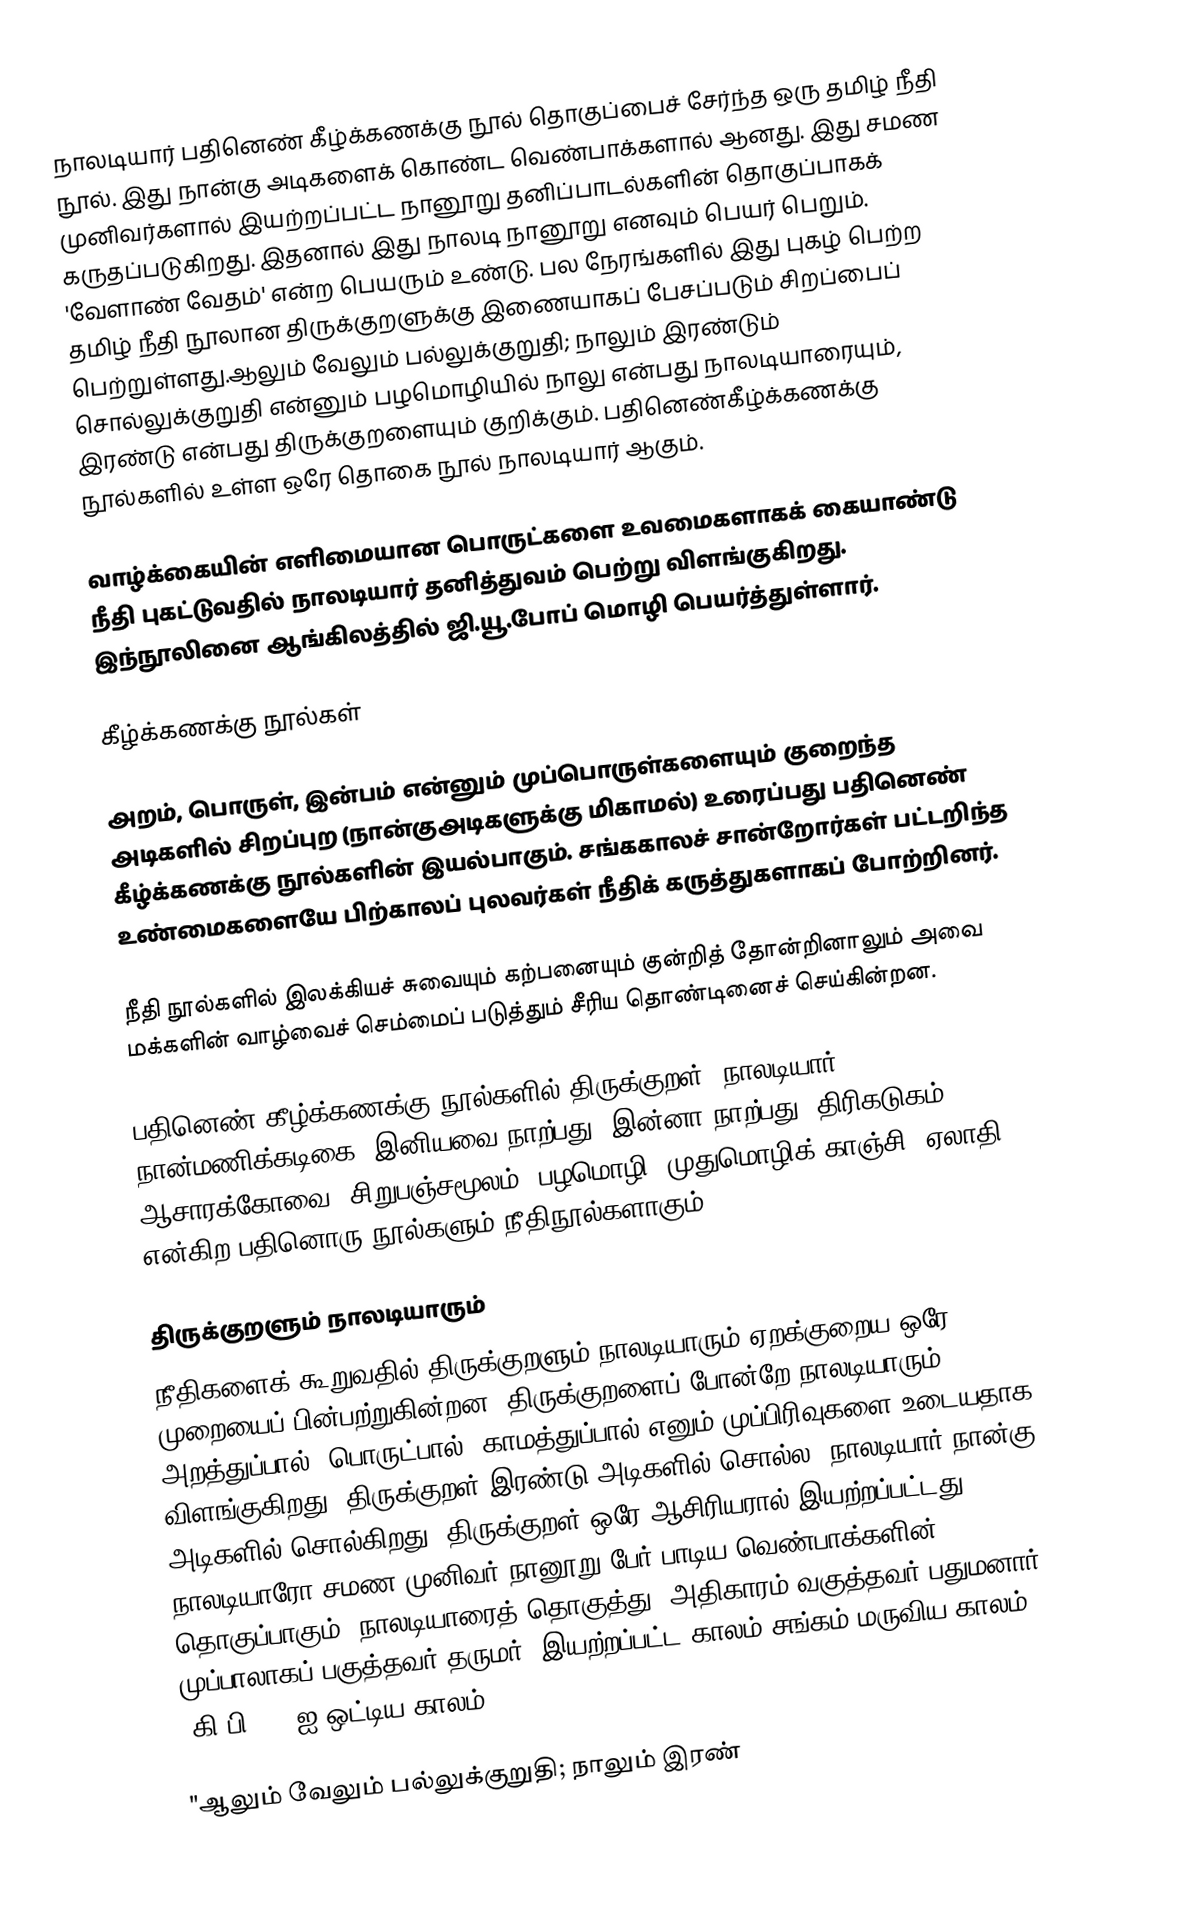
நாலடியார் பதினெண் கீழ்க்கணக்கு நூல் தொகுப்பைச் சேர்ந்த ஒரு தமிழ் நீதி நூல். இது நான்கு அடிகளைக் கொண்ட வெண்பாக்களால் ஆனது. இது சமண முனிவர்களால் இயற்றப்பட்ட நானூறு தனிப்பாடல்களின் தொகுப்பாகக் கருதப்படுகிறது. இதனால் இது நாலடி நானூறு எனவும் பெயர் பெறும். 'வேளாண் வேதம்' என்ற பெயரும் உண்டு. பல நேரங்களில் இது புகழ் பெற்ற தமிழ் நீதி நூலான திருக்குறளுக்கு இணையாகப் பேசப்படும் சிறப்பைப் பெற்றுள்ளது.ஆலும் வேலும் பல்லுக்குறுதி; நாலும் இரண்டும் சொல்லுக்குறுதி என்னும் பழமொழியில் நாலு என்பது நாலடியாரையும், இரண்டு என்பது திருக்குறளையும் குறிக்கும். பதினெண்கீழ்க்கணக்கு நூல்களில் உள்ள ஒரே தொகை நூல் நாலடியார் ஆகும்.

வாழ்க்கையின் எளிமையான பொருட்களை உவமைகளாகக் கையாண்டு நீதி புகட்டுவதில் நாலடியார் தனித்துவம் பெற்று விளங்குகிறது. இந்நூலினை ஆங்கிலத்தில் ஜி.யூ.போப் மொழி பெயர்த்துள்ளார்.

கீழ்க்கணக்கு நூல்கள்

அறம், பொருள், இன்பம் என்னும் முப்பொருள்களையும் குறைந்த அடிகளில் சிறப்புற (நான்குஅடிகளுக்கு மிகாமல்) உரைப்பது பதினெண் கீழ்க்கணக்கு நூல்களின் இயல்பாகும். சங்ககாலச் சான்றோர்கள் பட்டறிந்த உண்மைகளையே பிற்காலப் புலவர்கள் நீதிக் கருத்துகளாகப் போற்றினர்.

நீதி நூல்களில் இலக்கியச் சுவையும் கற்பனையும் குன்றித் தோன்றினாலும் அவை மக்களின் வாழ்வைச் செம்மைப் படுத்தும் சீரிய தொண்டினைச் செய்கின்றன.

பதினெண் கீழ்க்கணக்கு நூல்களில் திருக்குறள், நாலடியார், நான்மணிக்கடிகை, இனியவை நாற்பது, இன்னா நாற்பது, திரிகடுகம், ஆசாரக்கோவை, சிறுபஞ்சமூலம், பழமொழி, முதுமொழிக் காஞ்சி, ஏலாதி என்கிற பதினொரு நூல்களும் நீதிநூல்களாகும்.

திருக்குறளும் நாலடியாரும்
நீதிகளைக் கூறுவதில் திருக்குறளும் நாலடியாரும் ஏறக்குறைய ஒரே முறையைப் பின்பற்றுகின்றன. திருக்குறளைப் போன்றே நாலடியாரும், அறத்துப்பால், பொருட்பால், காமத்துப்பால் எனும் முப்பிரிவுகளை உடையதாக விளங்குகிறது. திருக்குறள் இரண்டு அடிகளில் சொல்ல, நாலடியார் நான்கு அடிகளில் சொல்கிறது. திருக்குறள் ஒரே ஆசிரியரால் இயற்றப்பட்டது. நாலடியாரோ சமண முனிவர் நானூறு பேர் பாடிய வெண்பாக்களின் தொகுப்பாகும். நாலடியாரைத் தொகுத்து, அதிகாரம் வகுத்தவர் பதுமனார். முப்பாலாகப் பகுத்தவர் தருமர். இயற்றப்பட்ட காலம் சங்கம் மருவிய காலம் (கி.பி.250 ஐ ஒட்டிய காலம்).

"ஆலும் வேலும் பல்லுக்குறுதி; நாலும் இரண்